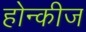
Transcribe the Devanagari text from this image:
होन्कीज